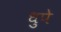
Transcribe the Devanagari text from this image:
धुपे